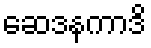
ဆေဒနကာဒိ